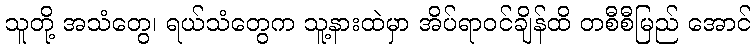
သူတို့ အသံတွေ၊ ရယ်သံတွေက သူ့နားထဲမှာ အိပ်ရာဝင်ချိန်ထိ တစီစီမြည် အောင်